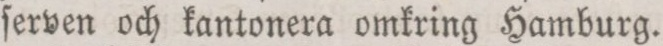
ſerven och kantonera omkring Hamburg.